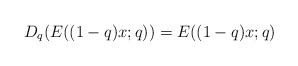
\begin{align*}D_q(E((1-q)x;q))=E((1-q)x;q)\end{align*}